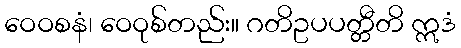
ဝေဝစနံ၊ ဝေဝုစ်တည်း။ ဂတိဥပပတ္တီတိ ဣဒံ